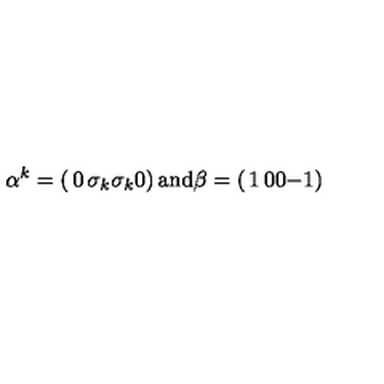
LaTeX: \alpha ^ { k } = \left( \begin{matrix} { 0 } & { \sigma _ { k } } \\ { \sigma _ { k } } & { 0 } \\ \end{matrix} \right) \mathrm { a n d } \beta = \left( \begin{matrix} { 1 } & { 0 } \\ { 0 } & { - 1 } \\ \end{matrix} \right)